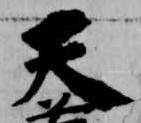
天